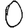
Digit: 0